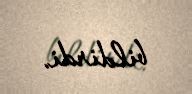
bildirdi.